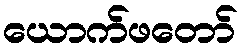
ယောက်ဖတော်